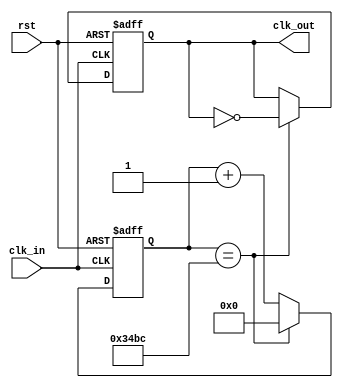


module clkdivider(clk_in, rst, clk_out);

  input clk_in;
  input rst;
  output clk_out;
	parameter FINAL_COUNT = 13_500;
  
  reg clk_out;
  
  
  reg [23:0] count = 0; 
    
  always @(posedge clk_in or posedge rst) begin
    if (rst == 1) begin
		  count = 0;
		  clk_out = 0;
    end
	 else
	   if (count == FINAL_COUNT) begin
		  clk_out = ~clk_out;
		  count = 0;
		end
		else begin
		  count = count + 1;
		end
	end
endmodule